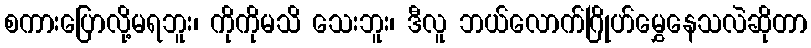
စကားပြောလို့မရဘူး၊ ကိုကိုမသိ သေးဘူး၊ ဒီလူ ဘယ်လောက်ဂြိုဟ်မွှေနေသလဲဆိုတာ